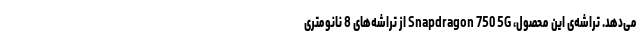
می‌دهد. تراشه‌ی این محصول، Snapdragon 750 5G از تراشه‌های 8 نانومتری